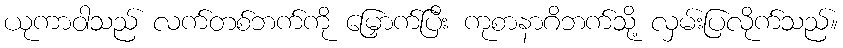
ယုကာဝါသည် လက်တစ်ဘက်ကို မြှောက်ပြီး ကုစာနာဂိဘက်သို့ လှမ်းပြလိုက်သည်။